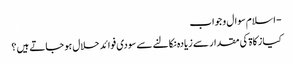
- اسلام سوال و جواب
کیا زکاۃ کی مقدار سے زیادہ نکالنے سے سودی فوائد حلال ہو جاتے ہیں ؟